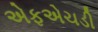
એફએચડી